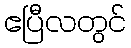
ဧပြီလတွင်